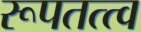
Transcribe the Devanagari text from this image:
रूपतत्त्व